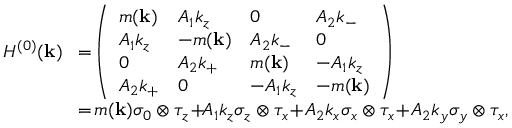
\begin{array} { r l } { { \cal H } ^ { ( 0 ) } ( { \bf k } ) } & { \! = \! \left( \begin{array} { l l l l } { m ( { \bf k } ) } & { A _ { 1 } k _ { z } } & { 0 } & { A _ { 2 } k _ { - } } \\ { A _ { 1 } k _ { z } } & { - m ( { \bf k } ) } & { A _ { 2 } k _ { - } } & { 0 } \\ { 0 } & { A _ { 2 } k _ { + } } & { m ( { \bf k } ) } & { - A _ { 1 } k _ { z } } \\ { A _ { 2 } k _ { + } } & { 0 } & { - A _ { 1 } k _ { z } } & { - m ( { \bf k } ) } \end{array} \right) } \\ & { \! = \! m ( { \bf k } ) \sigma _ { 0 } \otimes \tau _ { z } \! + \! \! A _ { 1 } k _ { z } \sigma _ { z } \otimes \tau _ { x } \! + \! A _ { 2 } k _ { x } \sigma _ { x } \otimes \tau _ { x } \! + \! A _ { 2 } k _ { y } \sigma _ { y } \otimes \tau _ { x } , } \end{array}